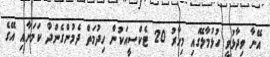
އޭނާ ވިދާޅުވީ ހުޅުމާލޭގައި މިހާރު 20 ޓެކްސީއަކުން ހިދުމަތް ދެމުންގެންދާ ކަމަށާއި އޭގެ